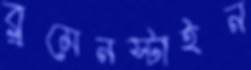
ব্লুমেনস্টাইন